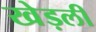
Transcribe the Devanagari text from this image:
खेड़ली